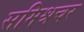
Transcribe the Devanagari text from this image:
समिश्रचर